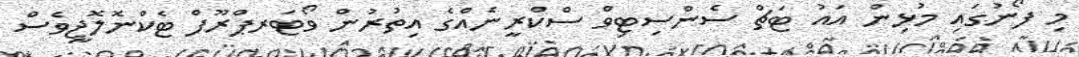
މި ފޯނުގައި މުޅިން އައު ޓަޗް ސެންސިޓިވް ސްކްރީނެއްގެ އިތުރުން ވޯޓަރޕްރޫފް ޓެކްނޮލޮޖީވެސް